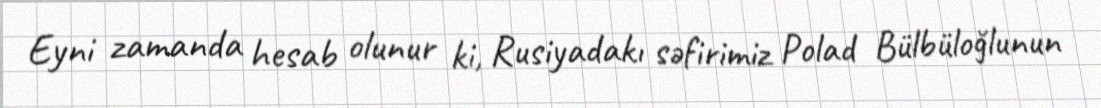
Eyni zamanda hesab olunur ki, Rusiyadakı səfirimiz Polad Bülbüloğlunun